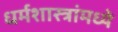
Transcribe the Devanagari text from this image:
धर्मशास्त्रांमध्ये